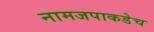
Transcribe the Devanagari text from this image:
नामजपाकडेच